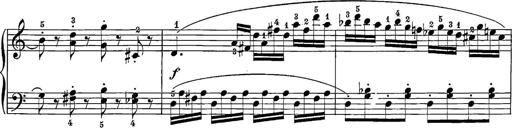
Title: 12 Sonatine per Pianoforte
Composer: Friedrich Kuhlau